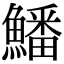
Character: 鱕